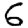
Digit: 6